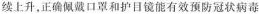
续上升，正确佩戴口罩和护目镜能有效预防冠状病毒